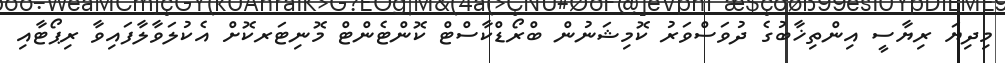
މިދިޔަ ރިޔާސީ އިންތިޚާބުގެ ދުވަސްވަރު ކޮމިޝަނުން ބްރޯޑްކާސްޓް ކޮންޓެންޓް މޮނިޓަރކޮށް އެކުލަވާލާފައިވާ ރިޕޯޓާއި